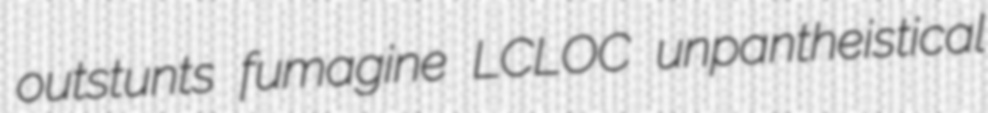
outstunts fumagine LCLOC unpantheistical